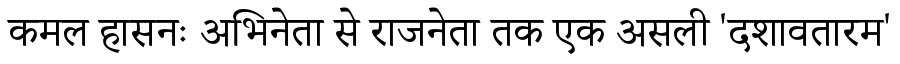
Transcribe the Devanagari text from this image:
कमल हासनः अभिनेता से राजनेता तक एक असली 'दशावतारम'